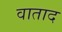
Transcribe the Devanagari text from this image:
वाताद